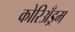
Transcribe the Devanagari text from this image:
कोरिअँड्रम